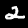
Digit: 2